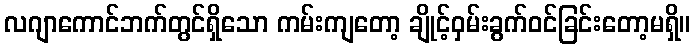
လဂျာကောင်ဘက်တွင်ရှိသော ကမ်းကျတော့ ချိုင့်ဝှမ်းခွက်ဝင်ခြင်းတော့မရှိ။